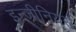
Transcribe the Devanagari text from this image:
इन्जीनियर्स